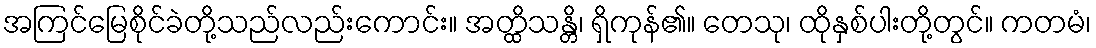
အကြင်မြေစိုင်ခဲတို့သည်လည်းကောင်း။ အတ္ထိသန္တိ၊ ရှိကုန်၏။ တေသု၊ ထိုနှစ်ပါးတို့တွင်။ ကတမံ၊